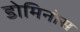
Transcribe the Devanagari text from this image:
डोमिनोस